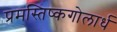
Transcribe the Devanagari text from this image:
प्रमस्तिष्कगोलार्ध